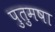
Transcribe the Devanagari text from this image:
पुतुमषा